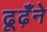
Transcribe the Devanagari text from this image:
ढूढ़ँने